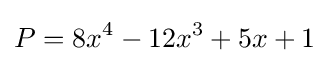
P=8x^{4}-12x^{3}+5x+1